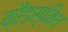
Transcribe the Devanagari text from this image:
ब्रैंडस्मिथ